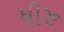
ધીરૂ